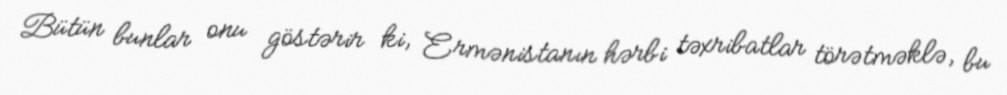
Bütün bunlar onu göstərir ki, Ermənistanın hərbi təxribatlar törətməklə, bu